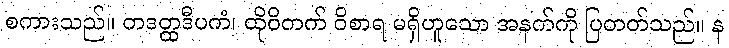
စကားသည်။ တဒတ္ထဒီပကံ၊ ထိုဝိတက် ဝိစာရ မရှိဟူသော အနက်ကို ပြတတ်သည်။ န